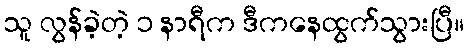
သူ လွန်ခဲ့တဲ့ ၁ နာရီက ဒီကနေထွက်သွားပြီ။